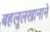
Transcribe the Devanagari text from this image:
बहलूलखानाने